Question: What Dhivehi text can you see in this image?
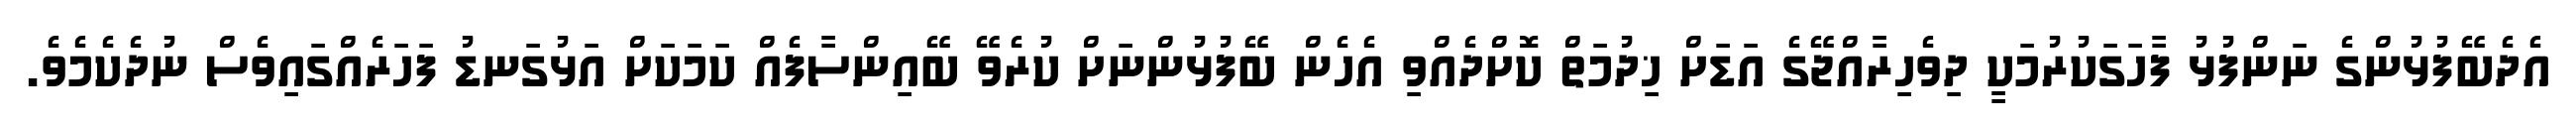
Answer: އެދެބޭފުޅުންގެ ނަންފުޅު ފާހަގަކުރުމަކީ ދިވެހިރާއްޖޭގެ އަޑަށް ޚިދުމަތް ކޮށްދެއްވި އެހެން ބޭފުޅުންނަށް ކުރެވޭ ބޭއިންސާފެއް ކަމަކަށް އަޅުގަނޑު ފަހަރެއްގައިވެސް ނުދެކެމެވެ.